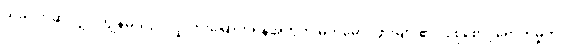
ယခင်ကဆိုလျှင် ကျွန်မသည် လူလားမြောက်ရန်အတွက် မိဘမောင်ဖွားများ၏ ပြုစုစောင့်ရှောက်မှုကို